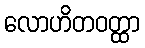
လောဟိတဝတ္ထာ